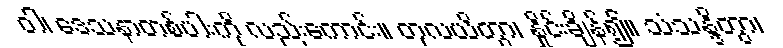
ဝါ၊ ဒေသနာတစ်ပါးကို လည်းကောင်း။ တုလယိတွာ၊ နှိုင်းချိန်၍။ သံသန္ဒိတွာ၊